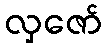
လှဇော်